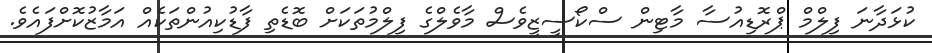
ކުޅަދާނަ ފިލްމް ޕްރޮޑިއުސާ މާޓިން ސްކޯސީޒީވެސް މާވެލްގެ ފިލްމުތަކަށް ބޮޑެތި ފާޑުކިއުންތަކެއް އަމާޒުކޮށްފައެވެ.